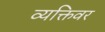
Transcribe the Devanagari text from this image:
व्यक्तिवर